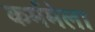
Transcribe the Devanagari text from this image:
कर्ममेला